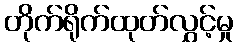
တိုက်ရိုက်ထုတ်လွှင့်မှု